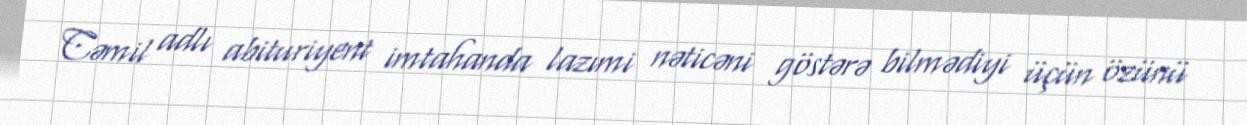
Cəmil adlı abituriyent imtahanda lazımi nəticəni göstərə bilmədiyi üçün özünü